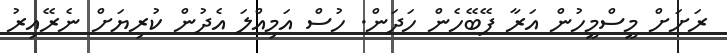
ރަށަށް މީސްމީހުން އަރާ ފޭބޭހެން ހަދަން. ހުސް އަމިއްލަ އެދުން ކުރިޔަށް ނެރޭއިރު